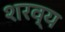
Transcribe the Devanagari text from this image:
शरव्य